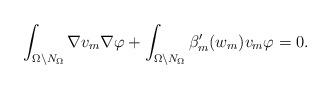
LaTeX: \begin{align*}\int_{\Omega \setminus N_\Omega} \nabla v_m \nabla \varphi +\int_{\Omega \setminus N_\Omega} \beta'_m(w_m) v_m \varphi = 0.\end{align*}